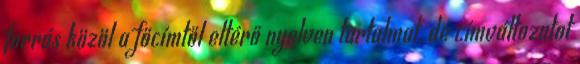
forrás közöl a főcímtől eltérő nyelven tartalmat, de címváltozatot